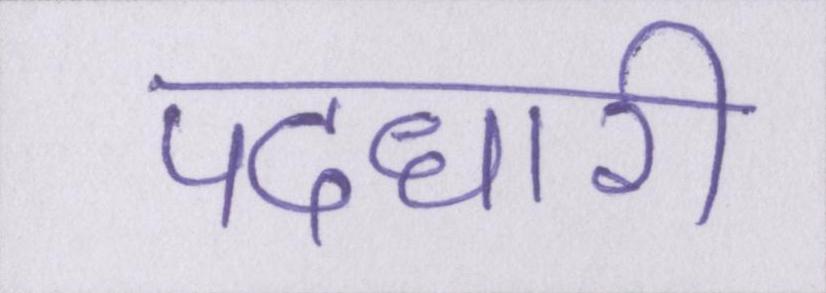
पदधारी